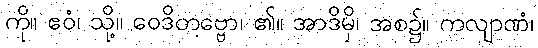
ကို။ ဧဝံ၊ သို့။ ဝေဒိတဗ္ဗော၊ ၏။ အာဒိမှိ၊ အစ၌။ ကလျာဏံ၊